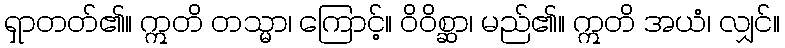
ရှာတတ်၏။ ဣတိ တသ္မာ၊ ကြောင့်။ ဝိဝိစ္ဆာ၊ မည်၏။ ဣတိ အယံ၊ လျှင်။